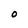
Character: O